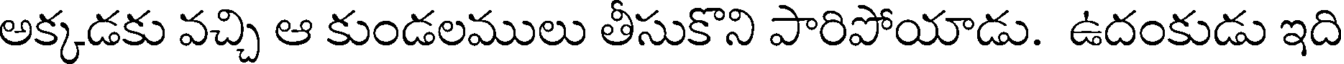
అక్కడకు వచ్చి ఆ కుండలములు తీసుకొని పారిపోయాడు. ఉదంకుడు ఇది